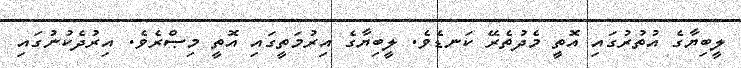
ލީބިޔާގެ އުތުރުގައި އޮތީ މެދުތެރޭ ކަނޑެވެ. ލީބިޔާގެ އިރުމަތީގައި އޮތީ މިޞްރެވެ. އިރުދެކުނުގައި